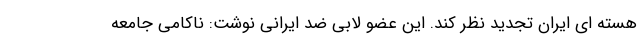
هسته ای ایران تجدید نظر کند. این عضو لابی ضد ایرانی نوشت: ناکامی جامعه